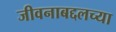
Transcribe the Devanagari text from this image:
जीवनाबद्दलच्या